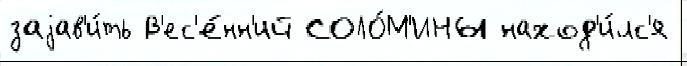
заjав'и́ть В'ес'е́нн'ий СОЛО́М'ИНЫ наход'и́лс'я